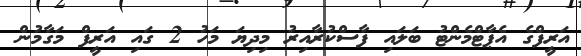
އަރީފްގެ އެޕާޓްމެންޓު ބަލައި ފާސްކުރާއިރު މިދިޔަ މަހު 2 ގައި އަރީފް މަގާމުން